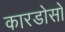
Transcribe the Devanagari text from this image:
कारडोसों